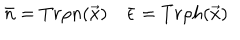
\bar { n } = T r \rho n ( \vec { x } ) \quad \bar { \epsilon } = T r \rho h ( \vec { x } )